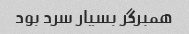
همبرگر بسیار سرد بود